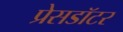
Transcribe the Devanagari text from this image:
प्रेसडॉटर